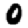
Digit: 0